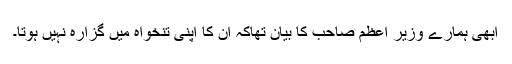
ابھی ہمارے وزیر اعظم صاحب کا بیان تھاکہ ان کا اپنی تنخواہ میں گزارہ نہیں ہوتا۔